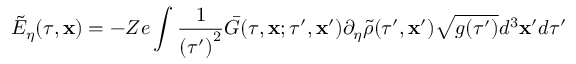
\tilde { E } _ { \eta } ( \tau , \mathbf { x } ) = - Z e \int \frac { 1 } { { ( \tau ^ { \prime } ) } ^ { 2 } } \bar { G } ( \tau , \mathbf { x } ; \tau ^ { \prime } , \mathbf { x } ^ { \prime } ) \partial _ { \eta } \tilde { \rho } ( \tau ^ { \prime } , \mathbf { x } ^ { \prime } ) \sqrt { g ( \tau ^ { \prime } ) } d ^ { 3 } \mathbf { x } ^ { \prime } d \tau ^ { \prime }